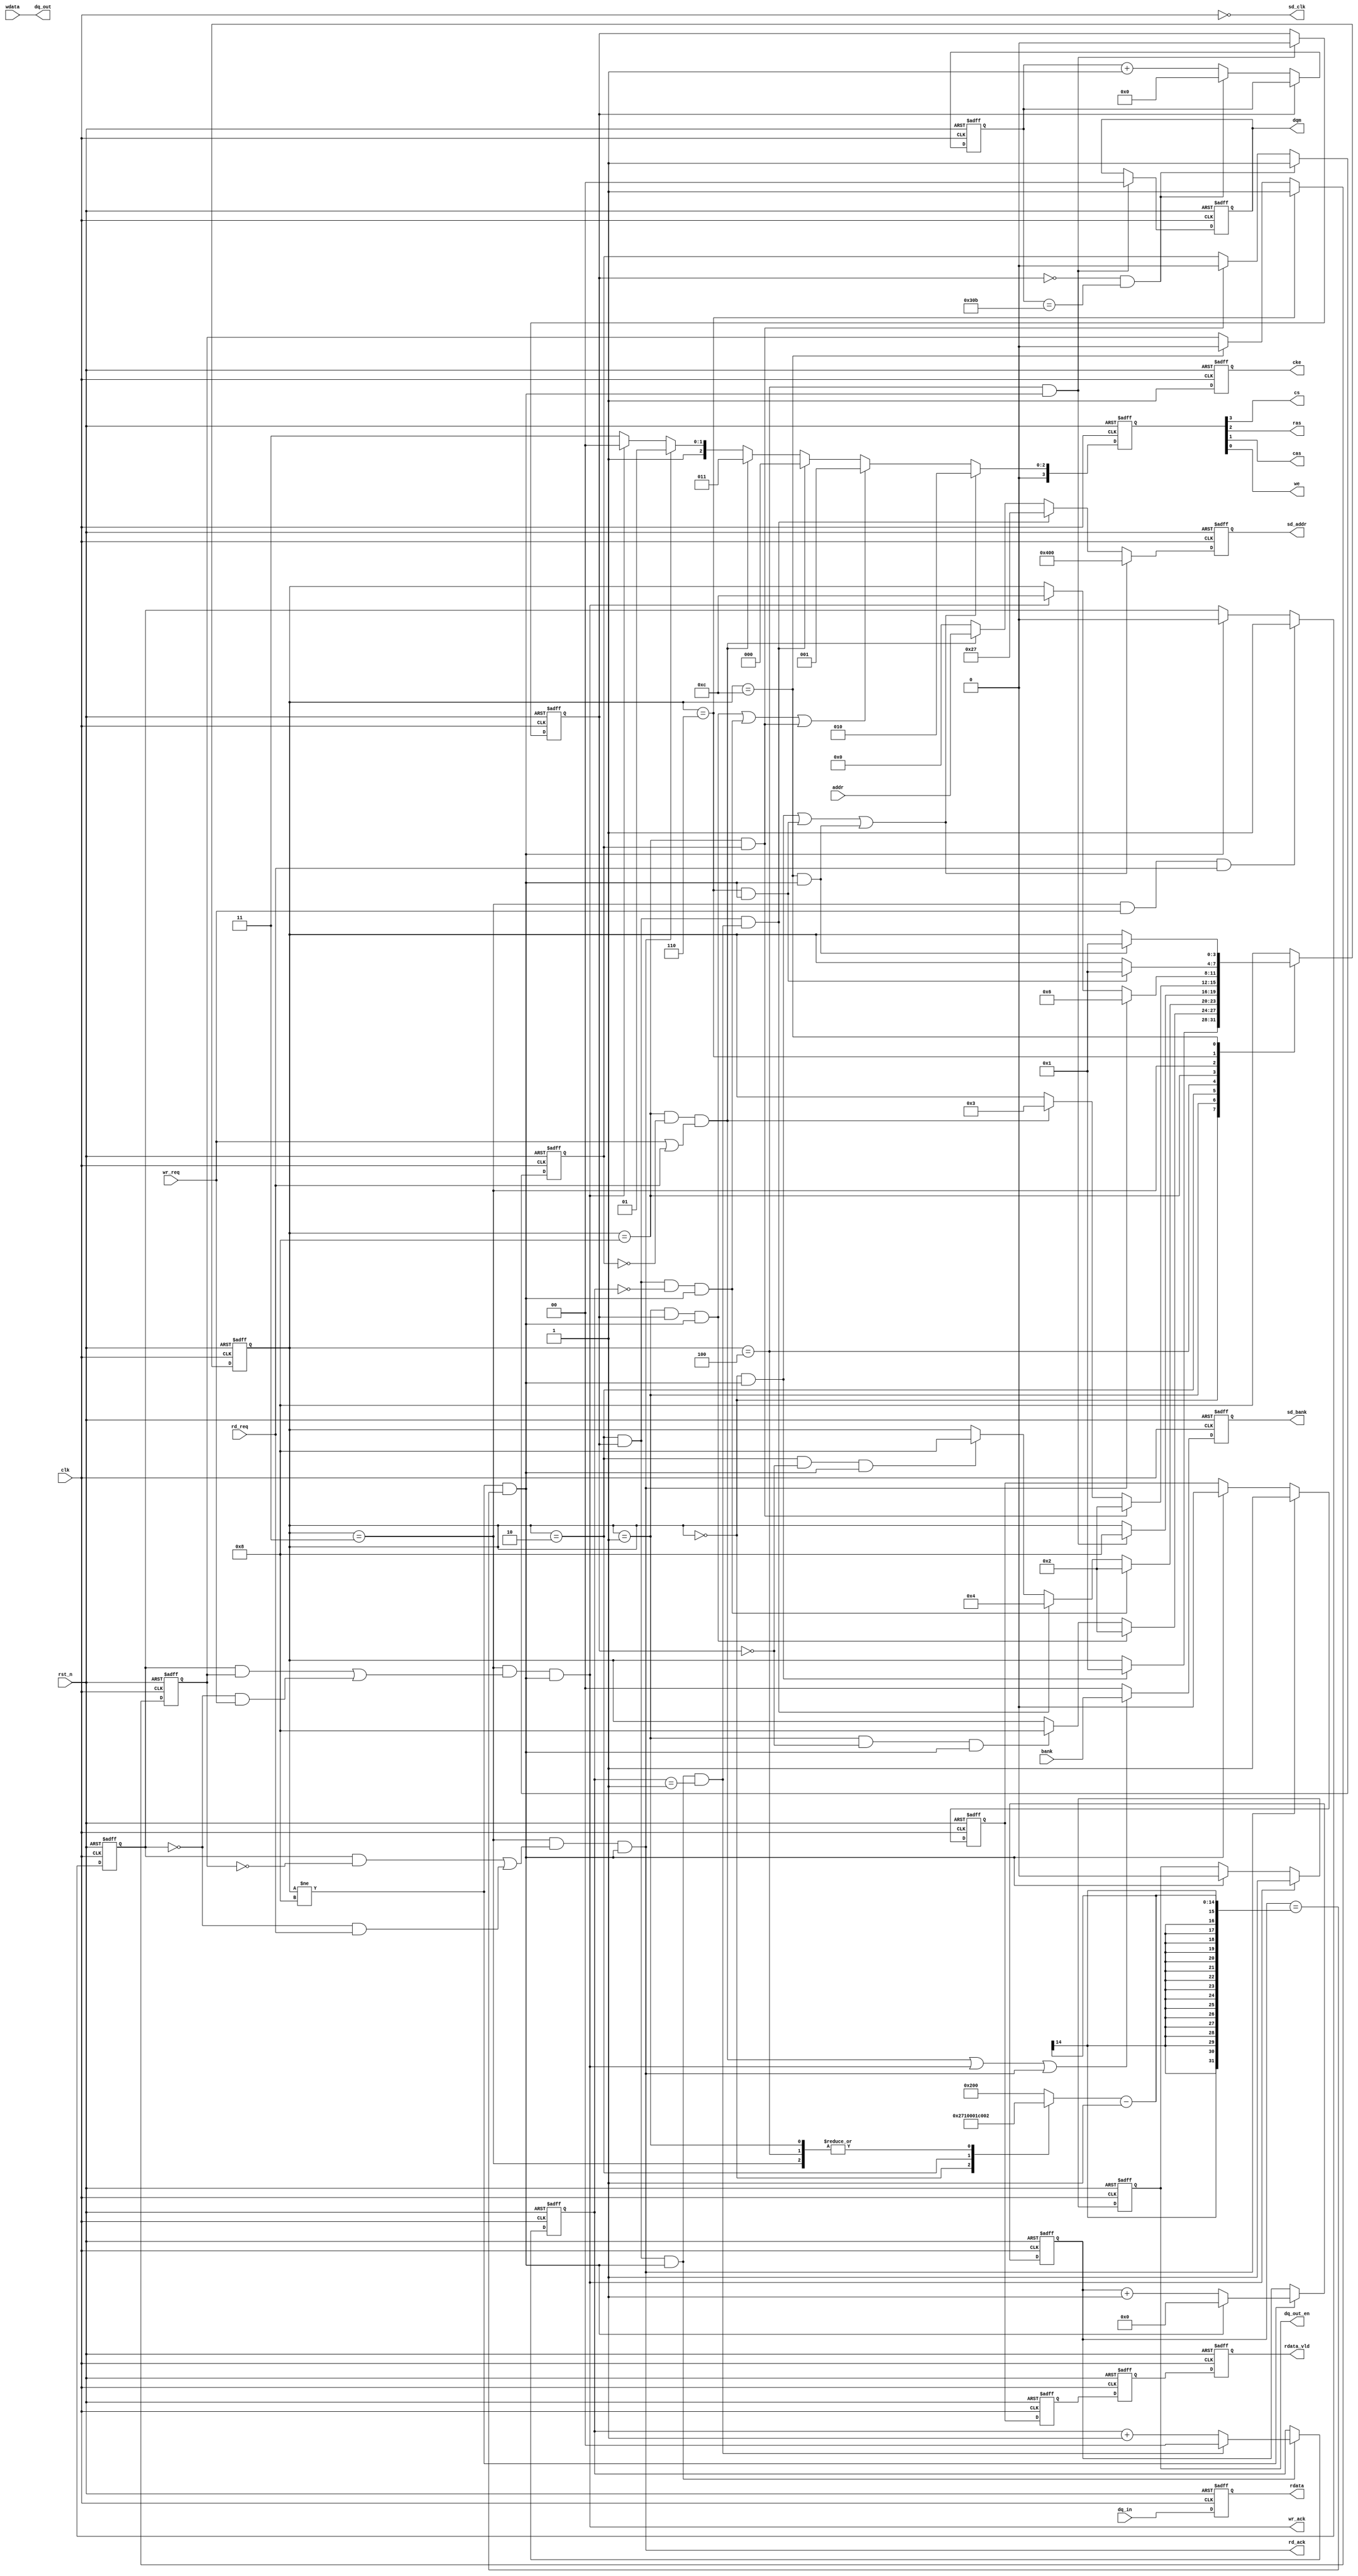
/************************************************************************************
The code is designed and produced by MDY Science and Education Co., Ltd, which has the entire ownership. It is only for personal learning, which cannot be used for commercial or profit-making purposes without permission.

    MDY's Mission: Develop Chip Talents and Realize National Chip Dream.

    We sincerely hope that our students can learn the real IC / FPGA code through our standard and rigorous code.

    For more FPGA learning materials, please visit the Forum: http://fpgabbs.com/ and official website: http://www.mdy-edu.com/index.html 

    *************************************************************************************/
module sdram_intf(
    //global clock
    input              clk       ,
    input              rst_n     ,

     //user interface
//------------------------------------------------------------------------------------------
    //
    input              wr_req    ,
    input              rd_req    ,
    input  [1 :0]      bank      ,
    input  [12:0]      addr      ,
    input  [15:0]      wdata     ,
    input  [15:0]      dq_in     ,

    output [15:0]  dq_out    ,
    output reg         dq_out_en ,
    output             wr_ack    ,
    output             rd_ack    ,
    output reg [15:0]  rdata     ,
    output reg         rdata_vld ,
    output reg         cke       ,
    output             cs        ,
    output             ras       ,
    output             cas       ,
    output             we        ,
    output reg [1 :0]  dqm       ,
    output reg [12:0]  sd_addr   ,
    output reg [1 :0]  sd_bank   ,
    output             sd_clk      
//------------------------------------------------------------------------------------------
);
    parameter NOP       = 4'b0000 ; //
    parameter PER       = 4'b0001 ; //
    parameter REF       = 4'b0010 ; //
    parameter MOD       = 4'b0100 ; //
    parameter IDL       = 4'b1000 ; //
    parameter ACT       = 4'b0011 ; //
    parameter RED       = 4'b0110 ; //
    parameter WIR       = 4'b1100 ; //
    
    parameter NOP_CMD   = 4'b0111 ; 
    parameter PER_CMD   = 4'b0010 ;
    parameter REF_CMD   = 4'b0001 ;
    parameter MOD_CMD   = 4'b0000 ;
    parameter ACT_CMD   = 4'b0011 ;
    parameter RED_CMD   = 4'b0101 ;
    parameter WIR_CMD   = 4'b0100 ;
    
    parameter ALL_BANK  = 13'b001_0_00_000_0_000;
    parameter CODE      = 13'b000_0_00_010_0_111;
    
    parameter TIME_780  = 780     ;      
    parameter TIME_WAIT = 10000   ;    
    parameter TIME_TRP  = 2       ;
    parameter TIME_TRC  = 7       ;
    parameter TIME_TMRD = 2       ;
    parameter TIME_TRCD = 2       ;
    parameter TIME_512  = 512     ;


    reg              flag_syn     ;

    reg    [3:0]     state_c      ;
    reg    [3:0]     state_n      ;
    wire             nop2per_start; 
    wire             per2ref_start; 
    wire             per2idl_start; 
    wire             ref2ref_start; 
    wire             ref2mod_start; 
    wire             ref2idl_start; 
    wire             mod2idl_start; 
    wire             idl2ref_start; 
    wire             idl2act_start; 
    wire             act2red_start; 
    wire             act2wir_start; 
    wire             red2per_start; 
    wire             wir2per_start; 
    reg    [3:0]     conmand      ;
    reg    [13:0]    cnt          ;
    wire             add_cnt      ;
    wire             end_cnt      ;
    reg    [1:0]     cnt1         ;
    wire             add_cnt1     ;
    wire             end_cnt1     ;
    reg    [9:0]     cnt_780      ;
    wire             add_cnt_780  ;
    wire             end_cnt_780  ;
    reg    [13:0]    x            ;
    reg              init_flag    ;
    reg              ref_req      ;
    wire             ref_ack      ;
    reg              flag_rd      ;
    wire             rd_en        ;
    reg              rdata_vld_ff0;
    reg              rdata_vld_ff1;
    reg              rdata_vld_ff2;


always  @(posedge clk or negedge rst_n)begin
    if(rst_n==1'b0)begin
        state_c <= NOP;
    end
    else begin
        state_c <= state_n;
    end
end

always @(*)begin
    case(state_c)
        NOP:begin
            if(nop2per_start)begin
                state_n = PER;
            end
            else begin
                state_n = state_c;
            end
        end
        PER:begin
            if(per2ref_start)begin
                state_n = REF;
            end
            else if(per2idl_start)begin
                state_n = IDL;
            end
            else begin
                state_n = state_c;
            end
        end
        REF:begin
            if(ref2ref_start)begin
                state_n = REF;
            end
            else if(ref2mod_start)begin
                state_n = MOD;
            end
            else if(ref2idl_start)begin
                state_n = IDL;
            end
            else begin
                state_n = state_c;
            end
        end
        MOD:begin
            if(mod2idl_start)begin
                state_n = IDL;
            end
            else begin
                state_n = state_c;
            end
        end
        IDL:begin
            if(idl2ref_start)begin
                state_n = REF;
            end
            else if(idl2act_start)begin
                state_n = ACT;
            end
            else begin
                state_n = state_c;
            end
        end
        ACT:begin
            if(act2red_start)begin
                state_n = RED;
            end
            else if(act2wir_start)begin
                state_n = WIR;
            end
            else begin
                state_n = state_c;
            end
        end
        RED:begin
            if(red2per_start)begin
                state_n = PER;
            end
            else begin
                state_n = state_c;
            end
        end
        WIR:begin
            if(wir2per_start)begin
                state_n = PER;
            end
            else begin
                state_n = state_c;
            end
        end
        default:begin
            state_n = IDL;
        end
    endcase
end


assign nop2per_start = state_c==NOP && end_cnt;
assign per2ref_start = state_c==PER && init_flag==1 && end_cnt;
assign ref2ref_start = state_c==REF && init_flag==1 && cnt1==0 && end_cnt;
assign ref2mod_start = state_c==REF && init_flag==1 && end_cnt1;
assign mod2idl_start = state_c==MOD && end_cnt;

assign ref2idl_start = state_c==REF && init_flag==0 && end_cnt;
assign idl2ref_start = state_c==IDL && ref_req;
assign idl2act_start = state_c==IDL && ref_req==0 && (wr_req || rd_req);
assign act2red_start = state_c==ACT && ((flag_syn==1 && flag_rd==0) || (flag_syn==0 && rd_req)) && end_cnt;
assign act2wir_start = state_c==ACT && ((flag_syn==1 && flag_rd==1) || (flag_syn==0 && wr_req)) && end_cnt;
assign red2per_start = state_c==RED && end_cnt;
assign wir2per_start = state_c==WIR && end_cnt;
assign per2idl_start = state_c==PER && init_flag==0 && end_cnt;

always @(posedge clk or negedge rst_n)begin
    if(!rst_n)begin
        cnt <= 0;
    end  
    else if(add_cnt)begin
        if(end_cnt)
            cnt <= 0;
        else
            cnt <= cnt + 1;
    end
end

assign add_cnt = state_c!=IDL;       
assign end_cnt = add_cnt && cnt== x-1;   


always  @(posedge clk or negedge rst_n)begin
    if(rst_n==1'b0)begin
        init_flag <= 1;
    end
    else if(mod2idl_start)begin
        init_flag <= 0;
    end
end


always @(posedge clk or negedge rst_n) begin 
    if (rst_n==0) begin
        cnt1 <= 0; 
    end
    else if(add_cnt1) begin
        if(end_cnt1)
            cnt1 <= 0; 
        else
            cnt1 <= cnt1+1 ;
   end
end
assign add_cnt1 = init_flag && state_c==REF && end_cnt;
assign end_cnt1 = add_cnt1  && cnt1 == 2-1 ;


always  @(posedge clk or negedge rst_n)begin
    if(rst_n==1'b0)begin
        flag_rd <= 0;
    end
    else if(state_c==RED)begin
        flag_rd <= 1;
    end
    else if(state_c==WIR)begin
        flag_rd <= 0;
    end
end


always  @(posedge clk or negedge rst_n)begin
    if(rst_n==1'b0)begin
        flag_syn <= 0;
    end
    else if(state_c==ACT && wr_req && rd_req)begin
        flag_syn <= 1;
    end
    else if(end_cnt)begin
        flag_syn <= 0;
    end
end

assign rd_ack = act2red_start;
assign wr_ack = act2wir_start;

always  @(posedge clk or negedge rst_n)begin
    if(rst_n==1'b0)begin
        conmand <= NOP_CMD;
    end
    else if(nop2per_start || red2per_start || wir2per_start)begin
        conmand <= PER_CMD;
    end
    else if(per2ref_start || ref2ref_start || idl2ref_start)begin
        conmand <= REF_CMD;
    end
    else if(ref2mod_start)begin
        conmand <= MOD_CMD;
    end
    else if(idl2act_start)begin
        conmand <= ACT_CMD;
    end
    else if(act2red_start)begin
        conmand <= RED_CMD;
    end
    else if(act2wir_start)begin
        conmand <= WIR_CMD;
    end
    else begin
        conmand <= NOP_CMD;
    end
end

assign {cs,ras,cas,we} = conmand;
assign sd_clk = ~clk;

always  @(posedge clk or negedge rst_n)begin
    if(rst_n==1'b0)begin
        dqm <= 2'b11;
    end
    else if(mod2idl_start)begin
        dqm <= 2'b00;
    end
end


always  @(posedge clk or negedge rst_n)begin
    if(rst_n==1'b0)begin
        cke <= 0;
    end
    else begin
        cke <= 1;
    end
end


always  @(posedge clk or negedge rst_n)begin
    if(rst_n==1'b0)begin
        sd_addr <= 13'b0;
    end
    else if(nop2per_start || red2per_start || wir2per_start)begin
        sd_addr <= ALL_BANK;
    end
    else if(ref2mod_start)begin
        sd_addr <= CODE;
    end
    else if(idl2act_start)begin
        sd_addr <= addr;
    end
    else begin
        sd_addr <= 13'b0;
    end
end


always  @(posedge clk or negedge rst_n)begin
    if(rst_n==1'b0)begin
        sd_bank <= 2'b00;
    end
    else if(idl2act_start || act2wir_start || act2red_start)begin
        sd_bank <= bank;
    end
    else begin
        sd_bank <= 0;
    end
end

//
always  @(*)begin
   case(state_c)
      NOP:      begin   x = TIME_WAIT;       end
      PER:      begin   x = TIME_TRP ;       end
      REF:      begin   x = TIME_TRC ;       end
      MOD:      begin   x = TIME_TMRD;       end
      ACT:      begin   x = TIME_TRCD;       end
      default:  begin   x = TIME_512 ;       end
   endcase
end
 

always @(posedge clk or negedge rst_n) begin 
    if (rst_n==0) begin
        cnt_780 <= 0; 
    end
    else if(add_cnt_780) begin
        if(end_cnt_780)
            cnt_780 <= 0; 
        else
            cnt_780 <= cnt_780+1 ;
   end
end
assign add_cnt_780 = !init_flag;
assign end_cnt_780 = add_cnt_780  && cnt_780 == TIME_780-1 ;

//end_cnt
always  @(posedge clk or negedge rst_n)begin
    if(rst_n==1'b0)begin
        ref_req <= 0;
    end
    else if(end_cnt_780)begin
        ref_req <= 1;
    end
    else if(ref_ack)begin
        ref_req <= 0;
    end
end


assign ref_ack = state_c==IDL && ref_req;
assign wr_ack  = act2wir_start;
assign rd_ack  = act2red_start;


//sdram512
assign  dq_out = wdata;

always  @(posedge clk or negedge rst_n)begin
    if(rst_n==1'b0)begin
        dq_out_en <= 1'b0;
    end
    else if(act2wir_start)begin
        dq_out_en <= 1'b1;
    end
    else if(end_cnt)begin
        dq_out_en <= 1'b0;
    end
end


always  @(posedge clk or negedge rst_n)begin
    if(rst_n==1'b0)begin
        rdata <= 16'b0;
    end
    else begin
        rdata <= dq_in;
    end
end


always  @(posedge clk or negedge rst_n)begin
    if(rst_n==1'b0)begin
        rdata_vld_ff0 <= 0;
    end
    else if(act2red_start)begin
        rdata_vld_ff0 <= 1;
    end
    else if(end_cnt)begin
        rdata_vld_ff0 <= 0;
    end
end


always  @(posedge clk or negedge rst_n)begin
    if(rst_n==1'b0)begin
        rdata_vld     <= 0;
        rdata_vld_ff1 <= 0;
        rdata_vld_ff2 <= 0;
    end
    else begin
        rdata_vld_ff1 <= rdata_vld_ff0;
        rdata_vld_ff2 <= rdata_vld_ff1;
        rdata_vld     <= rdata_vld_ff2;
    end
end


endmodule